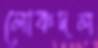
লোকদল